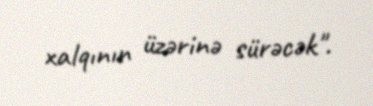
xalqının üzərinə sürəcək".